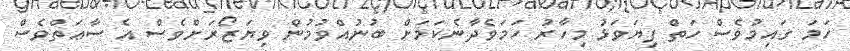
ހަމަ ގައިމުވެސް ހަތް ފިޔަވަޅު މިހާރު ހަމަވެދާނެކަމަށް ބުނުއްވުމުން ވިޔަޒޯރަށްވެސް އެ ސާޢަތްވެސް